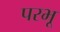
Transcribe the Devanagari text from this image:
परभू